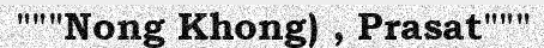
"""Nong Khong) , Prasat"""